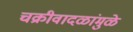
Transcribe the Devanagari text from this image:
चक्रीवादळांमुळे